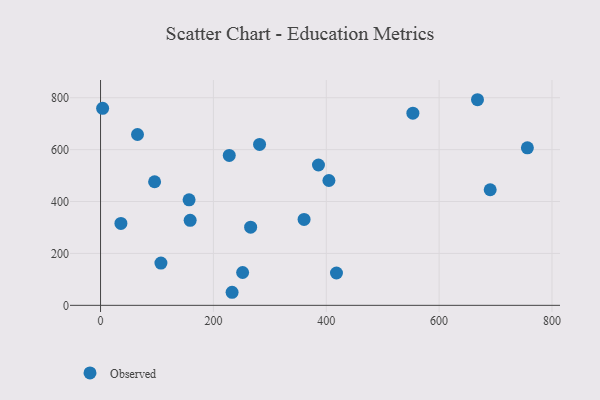
{"axis": {"x": "Study Hours", "y": "Fuel Efficiency"}, "legend": ["Observed"], "data": [{"x": "156.9", "y": 406.6, "type": "Observed"}, {"x": "158.8", "y": 327.5, "type": "Observed"}, {"x": "95.8", "y": 476.3, "type": "Observed"}, {"x": "360.7", "y": 331.0, "type": "Observed"}, {"x": "228.1", "y": 577.8, "type": "Observed"}, {"x": "418.1", "y": 124.5, "type": "Observed"}, {"x": "266.0", "y": 301.3, "type": "Observed"}, {"x": "690.5", "y": 445.3, "type": "Observed"}, {"x": "404.7", "y": 481.1, "type": "Observed"}, {"x": "251.8", "y": 126.6, "type": "Observed"}, {"x": "756.4", "y": 607.1, "type": "Observed"}, {"x": "36.1", "y": 315.6, "type": "Observed"}, {"x": "233.1", "y": 50.3, "type": "Observed"}, {"x": "281.8", "y": 620.2, "type": "Observed"}, {"x": "3.7", "y": 759.3, "type": "Observed"}, {"x": "107.0", "y": 162.9, "type": "Observed"}, {"x": "553.5", "y": 740.5, "type": "Observed"}, {"x": "668.0", "y": 792.3, "type": "Observed"}, {"x": "65.5", "y": 658.2, "type": "Observed"}, {"x": "386.2", "y": 540.7, "type": "Observed"}]}